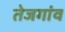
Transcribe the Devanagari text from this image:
तेजगांव